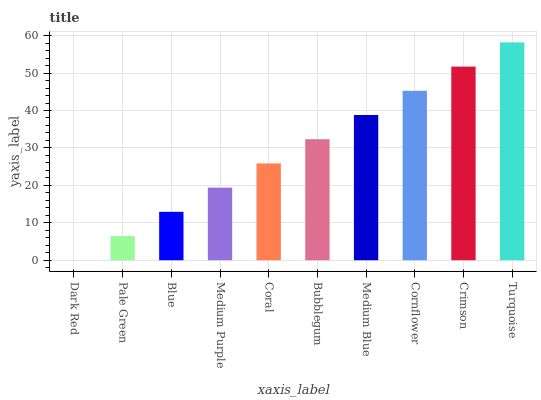
| xaxis_label | bars |
 | --- | --- |
 | Dark Red | 0 |
 | Pale Green | 6.47 |
 | Blue | 12.9 |
 | Medium Purple | 19.4 |
 | Coral | 25.9 |
 | Bubblegum | 32.3 |
 | Medium Blue | 38.8 |
 | Cornflower | 45.3 |
 | Crimson | 51.7 |
 | Turquoise | 58.2 |